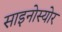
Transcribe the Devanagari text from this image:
साइनोस्योर